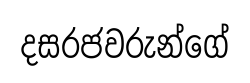
දසරජවරුන්ගේ